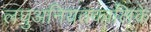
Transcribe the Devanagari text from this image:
लघुअनियतकालिके